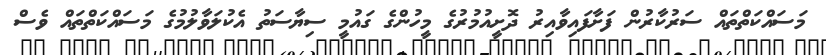
މަސައްކަތްތައް ސަރުކާރުން ފަށާފައިވާއިރު ދޮށީއުމުރުގެ މީހުންގެ ގައުމީ ސިޔާސަތު އެކުލަވާލުމުގެ މަސައްކަތްތައް ވެސް